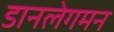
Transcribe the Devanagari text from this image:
डानलेगमन